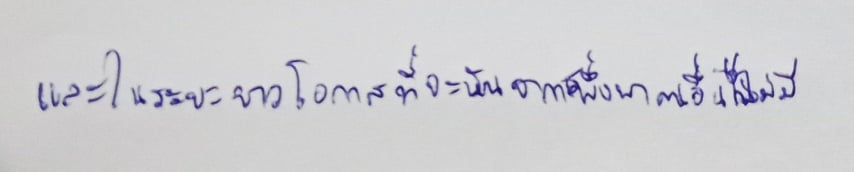
และในระยะยาวโอกาสที่จะพ้นจากการพึ่งพาคนอื่นก็ไม่มี